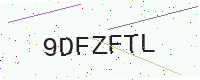
Text: 9DFZFTL